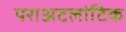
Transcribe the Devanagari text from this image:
पराअटलांटिक